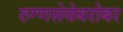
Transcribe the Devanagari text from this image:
रुग्णसेवेबरोबर